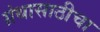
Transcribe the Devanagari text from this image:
ग्रंथासाठीचा